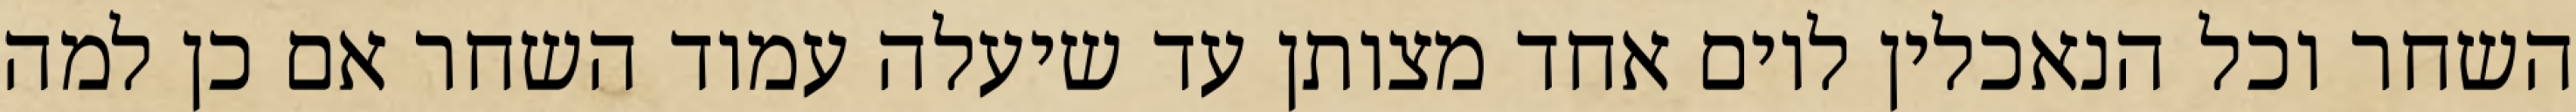
השחר וכל הנאכלין ליום אחד מצותן עד שיעלה עמוד השחר אם כן למה